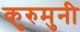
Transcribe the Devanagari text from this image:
कुरुमुनी